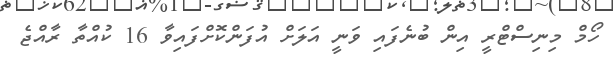
ހޯމް މިނިސްޓްރީ އިން ބުނެފައި ވަނީ އަލަށް އުފަންކޮށްފައިވާ 16 ކުއްތާ ރާއްޖެ